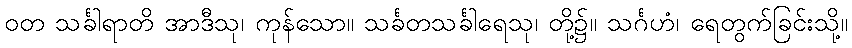
ဝတ သင်္ခါရာတိ အာဒီသု၊ ကုန်သော။ သင်္ခတသင်္ခါရေသု၊ တို့၌။ သင်္ဂဟံ၊ ရေတွက်ခြင်းသို့။